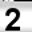
Digit: 2